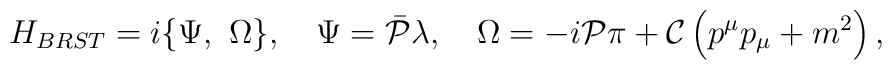
{ H}_{BRST}=i \{ { \Psi }, \  { \Omega } \},\quad{\Psi}= { {\bar {\cal P}}}{ \lambda}, \quad{\Omega}=-i{{\cal P}}{ \pi} + {{\cal C}}\left (p^\mu p_\mu + m^2\right),